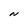
Character: N